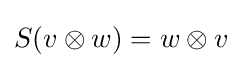
S(v\otimes w)=w\otimes v